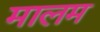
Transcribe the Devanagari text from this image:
मालम